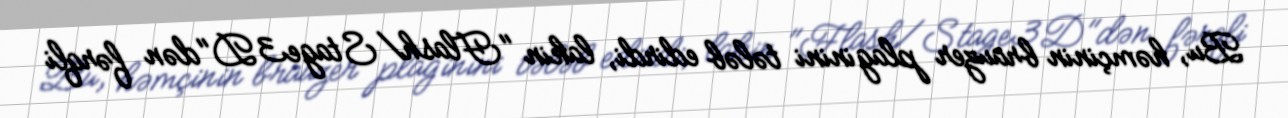
Bu, həmçinin brauzer plaginini tələb edirdi, lakin "Flash/Stage3D"dən fərqli